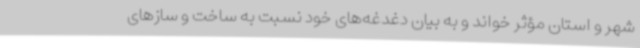
شهر و استان مؤثر خواند و به بیان دغدغه‌های خود نسبت به ساخت و سازهای